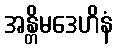
အန္တိမဒေဟိနံ